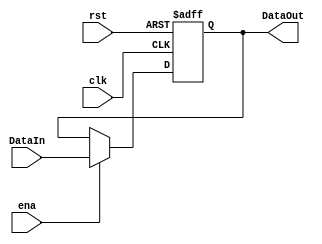
`timescale 1ns / 1ps
//////////////////////////////////////////////////////////////////////////////////

//////////////////////////////////////////////////////////////////////////////////
module Reg3bits(input clk,input rst,input ena,input [2:0] DataIn,output reg [2:0] DataOut);


always @(posedge clk, posedge rst)
	begin
		if (rst)
			DataOut = 3'b0;
		else
			begin
				if (ena)
					DataOut = DataIn;
			end
	end
endmodule